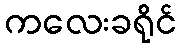
ကလေးခရိုင်